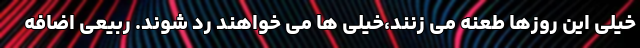
خیلی این روزها طعنه می زنند،خیلی ها می خواهند رد شوند. ربیعی اضافه